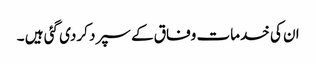
ان کی خدمات وفاق کے سپرد کردی گئی ہیں ۔